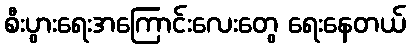
စီးပွားရေးအကြောင်းလေးတွေ ရေးနေတယ်